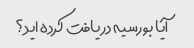
آیا بورسیه دریافت کرده اید؟